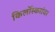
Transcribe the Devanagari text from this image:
किर्लोस्करांवर